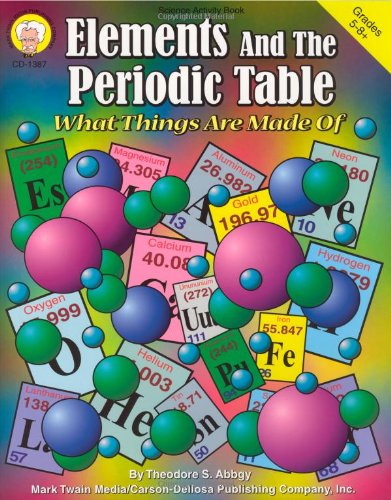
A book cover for Elements and the Periodic Table, Grades 5 - 8: What Things Are Made of; Theodore A. Abbgy; Children's Books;